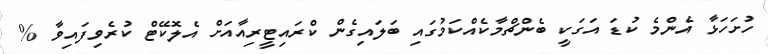
ހުށަހަޅާ އެންމެ ކުޑަ އަގަކީ ބެންޗްމާކެއްކަމުގައި ބަލައިގެން ކްރައިޓީރިއާއަށް އެލޮކޭޓް ކުރެވިފައިވާ %